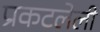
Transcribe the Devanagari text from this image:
प्रकटलेली